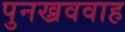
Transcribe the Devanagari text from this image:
पुनख्रववाह